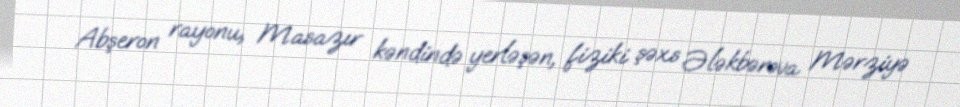
Abşeron rayonu, Masazır kəndində yerləşən, fiziki şəxs Ələkbərova Mərziyə